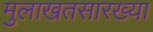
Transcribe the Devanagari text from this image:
मुलाखतसारख्या